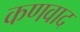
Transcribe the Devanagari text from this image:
कणवाद